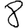
Digit: 8